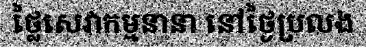
ថ្លៃសេវាកម្មនានា នៅថ្ងៃប្រលង